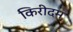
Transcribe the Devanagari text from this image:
किरीदम